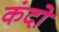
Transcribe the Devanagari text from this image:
कंदो